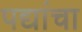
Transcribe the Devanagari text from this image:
पद्यांचा